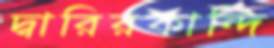
দ্বারিরকান্দি